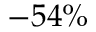
- 5 4 \%